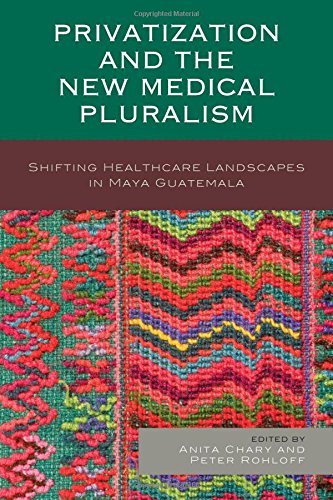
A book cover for Privatization and the New Medical Pluralism: Shifting Healthcare Landscapes in Maya Guatemala; Medical Books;